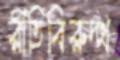
রীতিবিরুদ্ধ